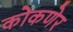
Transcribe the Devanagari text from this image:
कोकणेर